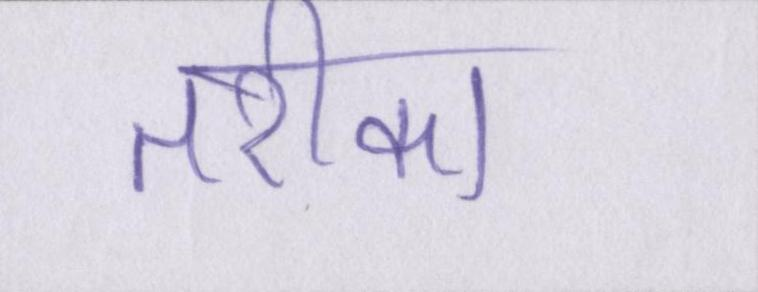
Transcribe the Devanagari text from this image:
तरीका